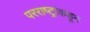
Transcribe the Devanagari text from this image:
परराष्ट्रांकडून